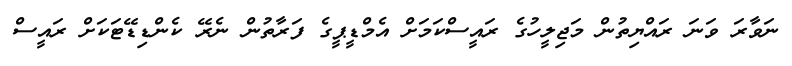
ނަވާރަ ވަނަ ރައްޔިތުން މަޖިލީހުގެ ރައީސްކަމަށް އެމްޑީޕީގެ ފަރާތުން ނެރޭ ކެންޑިޑޭޓަކަށް ރައީސް